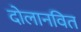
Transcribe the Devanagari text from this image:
दोलानवित